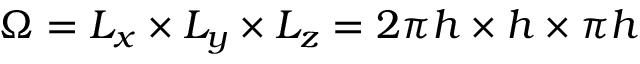
\Omega = L _ { x } \times L _ { y } \times L _ { z } = 2 \pi h \times h \times \pi h